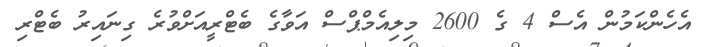
އެހެންކަމުން އެސް 4 ގެ 2600 މިލިއެމްޕްސް އަވާގެ ބެޓްރީއަށްވުރެ ގިނައިރު ބެޓްރި